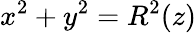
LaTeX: x^{2}+y^{2}=R^{2}(z)